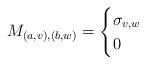
LaTeX: \begin{align*} M_{(a,v),(b,w)} = \begin{cases} \sigma_{v,w} & \\ 0 & \end{cases}\end{align*}